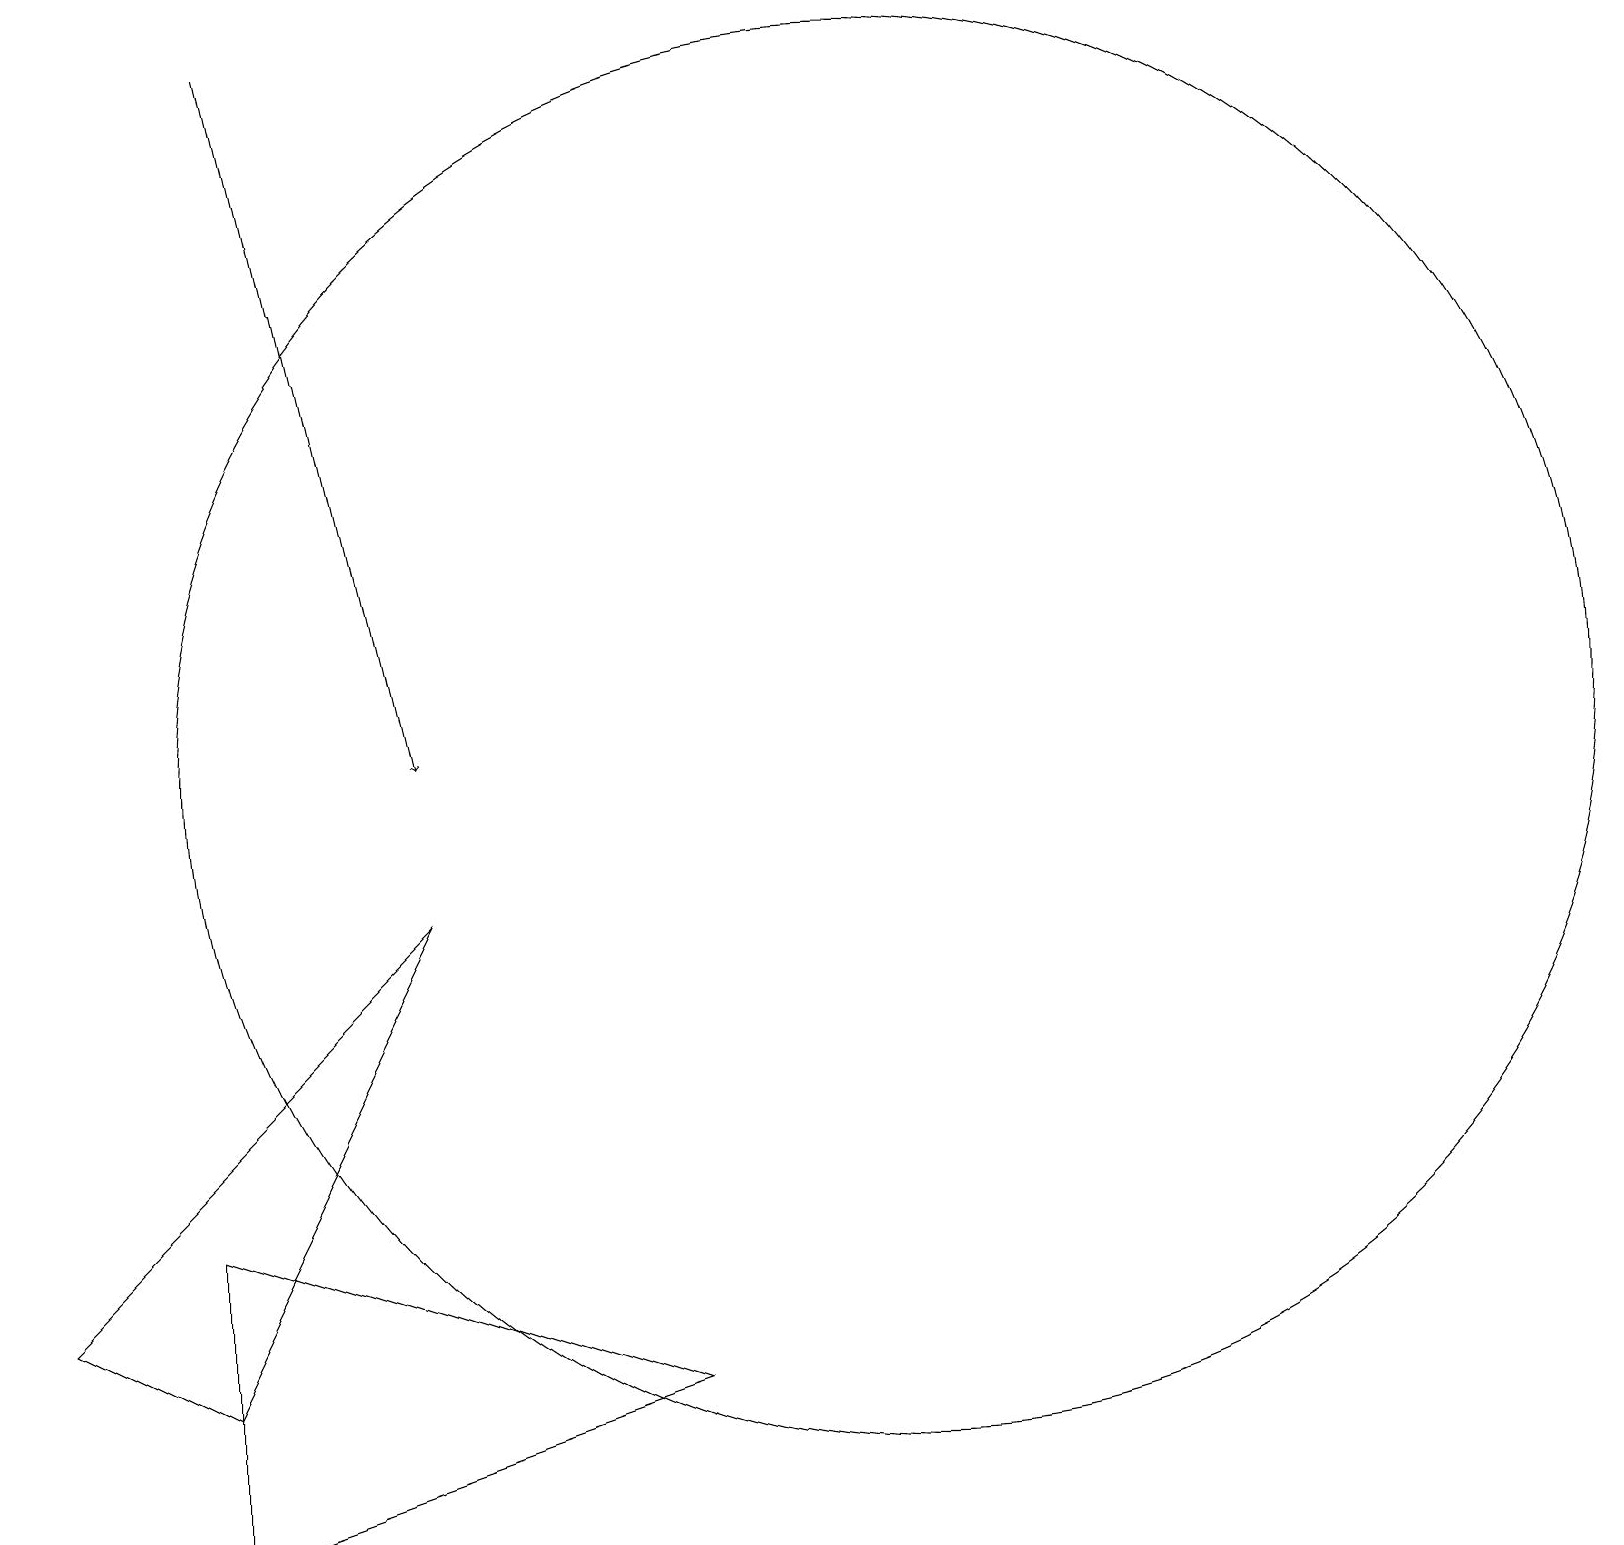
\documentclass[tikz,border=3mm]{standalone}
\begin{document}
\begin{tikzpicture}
\draw[->] (3,19) -- (5,10);
\draw (0,3) -- (5,8) -- (2,2) -- cycle;
\draw (11,10) circle (9);
\draw (2,0) -- (2,4) -- (8,2) -- cycle;
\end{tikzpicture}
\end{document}